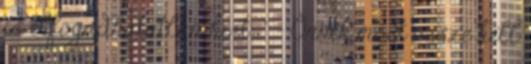
is elfogadhatatlan hírt: “ - Önnek most össze kell